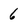
Character: 6